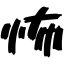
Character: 怖